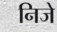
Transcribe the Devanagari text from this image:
निजे